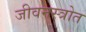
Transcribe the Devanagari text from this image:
जीवनस्त्रोत